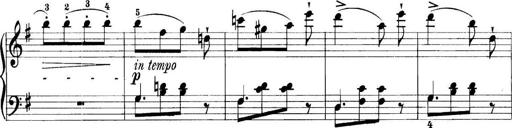
Title: 11 Sonatinas
Composer: Anton Diabelli